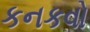
કનકવો